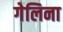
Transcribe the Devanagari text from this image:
गेलिना